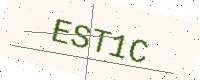
Text: EST1C